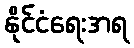
နိုင်ငံရေးအရ